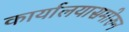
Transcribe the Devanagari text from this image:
कार्यालयासमोरुन